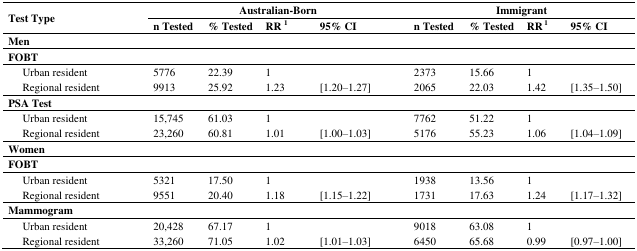
<table><thead><tr><td rowspan="2"><b>Test Type</b></td><td colspan="4"><b>Australian-Born</b></td><td colspan="4"><b>Immigrant</b></td></tr><tr><td><b>n Tested</b></td><td><b>% Tested</b></td><td><b>RR <sup>1</sup></b></td><td><b>95% CI</b></td><td><b>n Tested</b></td><td><b>% Tested</b></td><td><b>RR <sup>1</sup></b></td><td><b>95% CI</b></td></tr></thead><tbody><tr><td><b>Men</b></td><td></td><td></td><td></td><td></td><td></td><td></td><td></td><td></td></tr><tr><td><b>FOBT</b></td><td></td><td></td><td></td><td></td><td></td><td></td><td></td><td></td></tr><tr><td> Urban resident</td><td>5776</td><td>22.39</td><td>1</td><td></td><td>2373</td><td>15.66</td><td>1</td><td></td></tr><tr><td> Regional resident</td><td>9913</td><td>25.92</td><td>1.23</td><td>[1.20–1.27]</td><td>2065</td><td>22.03</td><td>1.42</td><td>[1.35–1.50]</td></tr><tr><td><b>PSA Test</b></td><td></td><td></td><td></td><td></td><td></td><td></td><td></td><td></td></tr><tr><td> Urban resident</td><td>15,745</td><td>61.03</td><td>1</td><td></td><td>7762</td><td>51.22</td><td>1</td><td></td></tr><tr><td> Regional resident</td><td>23,260</td><td>60.81</td><td>1.01</td><td>[1.00–1.03]</td><td>5176</td><td>55.23</td><td>1.06</td><td>[1.04–1.09]</td></tr><tr><td><b>Women</b></td><td></td><td></td><td></td><td></td><td></td><td></td><td></td><td></td></tr><tr><td><b>FOBT</b></td><td></td><td></td><td></td><td></td><td></td><td></td><td></td><td></td></tr><tr><td> Urban resident</td><td>5321</td><td>17.50</td><td>1</td><td></td><td>1938</td><td>13.56</td><td>1</td><td></td></tr><tr><td> Regional resident</td><td>9551</td><td>20.40</td><td>1.18</td><td>[1.15–1.22]</td><td>1731</td><td>17.63</td><td>1.24</td><td>[1.17–1.32]</td></tr><tr><td><b>Mammogram</b></td><td></td><td></td><td></td><td></td><td></td><td></td><td></td><td></td></tr><tr><td> Urban resident</td><td>20,428</td><td>67.17</td><td>1</td><td></td><td>9018</td><td>63.08</td><td>1</td><td></td></tr><tr><td> Regional resident</td><td>33,260</td><td>71.05</td><td>1.02</td><td>[1.01–1.03]</td><td>6450</td><td>65.68</td><td>0.99</td><td>[0.97–1.00]</td></tr></tbody></table>